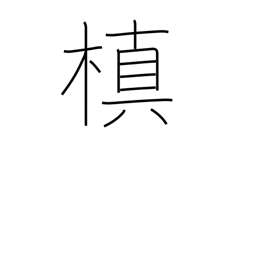
Meaning: ornamental evergreen